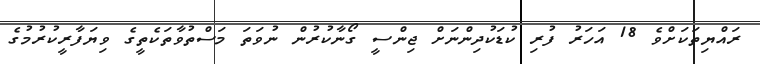
ރައްޔިތަކަށްވެ 18 އަހަރު ފުރި ކުޑަކުދިންނަށް ޖިންސީ ގޯނާކުރުން ނުވަތަ މަސްތުވާތަކެތީގެ ވިޔަފާރީކުރުމުގެ